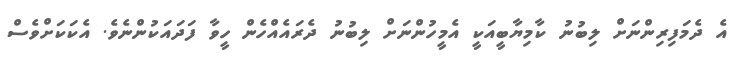
އެ ދެމަފިރިންނަށް ލިބުނު ކާމިޔާބީއަކީ އެމީހުންނަށް ލިބުނު ދެރައެއްހެން ހީވާ ފަދައަކުންނެވެ. އެކަކަށްވެސް